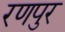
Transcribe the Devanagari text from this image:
रणपुर